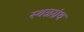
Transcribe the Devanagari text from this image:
स्थळग्रंथ